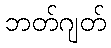
ဘတ်ဂျတ်